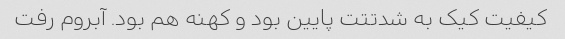
کیفیت کیک به شدتتت پایین بود و کهنه هم بود. آبروم رفت